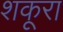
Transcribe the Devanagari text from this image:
शकूरा